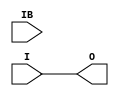
`timescale 1ns / 1ns

module IBUFGDS (
	output O,
	input I,
	input IB
);
	parameter DIFF_TERM = "FALSE";
	buf B1(O, I);
endmodule